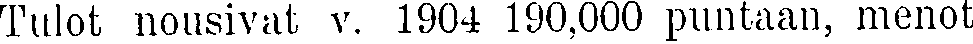
Tulot nousivat v. 1904 190,000 puntaan, menot